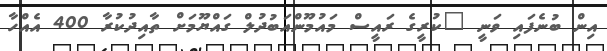
އިން ބުނެފައި ވަނީ "ކުރީގެ ރައީސް މައުމޫންއަބުދުލް ގައްޔޫމަށް ތާއިދުކުރާ 400 އެއްހާ